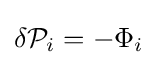
\delta {\mathcal {P}}_{i}=-\Phi _{i}